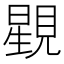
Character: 𧡶